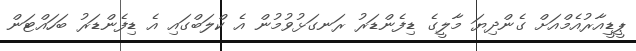
ޕީޑީއާރުއެމްއަށް ގެންދިޔަ މާލީގެ ޑިފެންޑަރު ރަނގަޅުވުމުން އެ ކްލަބްގައި އެ ޑިފެންޑަރު ބަހައްޓަން